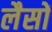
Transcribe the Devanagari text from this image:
लैसों